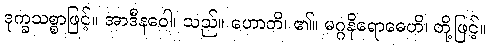
ဒုက္ခသစ္စာဖြင့်။ အာဒီနဝေါ၊ သည်။ ဟောတိ၊ ၏။ မဂ္ဂနိရောဓေဟိ၊ တို့ဖြင့်။